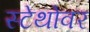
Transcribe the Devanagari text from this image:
स्टेथोवर